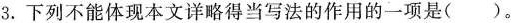
3.下列不能体现本文详略得当写法的作用的一项是( )。